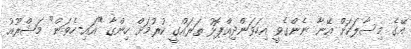
އޭގެ މިސާލަކަށް އޭނާ ނެންގެވީ އިހަވަންދިއްޕޮޅު ތަރައްގީ ކުރުމަށް ހިންގާ "އައި-ހެވަން" މަޝްރޫއު